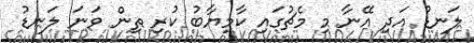
ލަނޑު އަދި އޭނާ މި މެޗުގައި ކާމިޔާބު ކުރި ތިން ވަނަ ލަނޑު